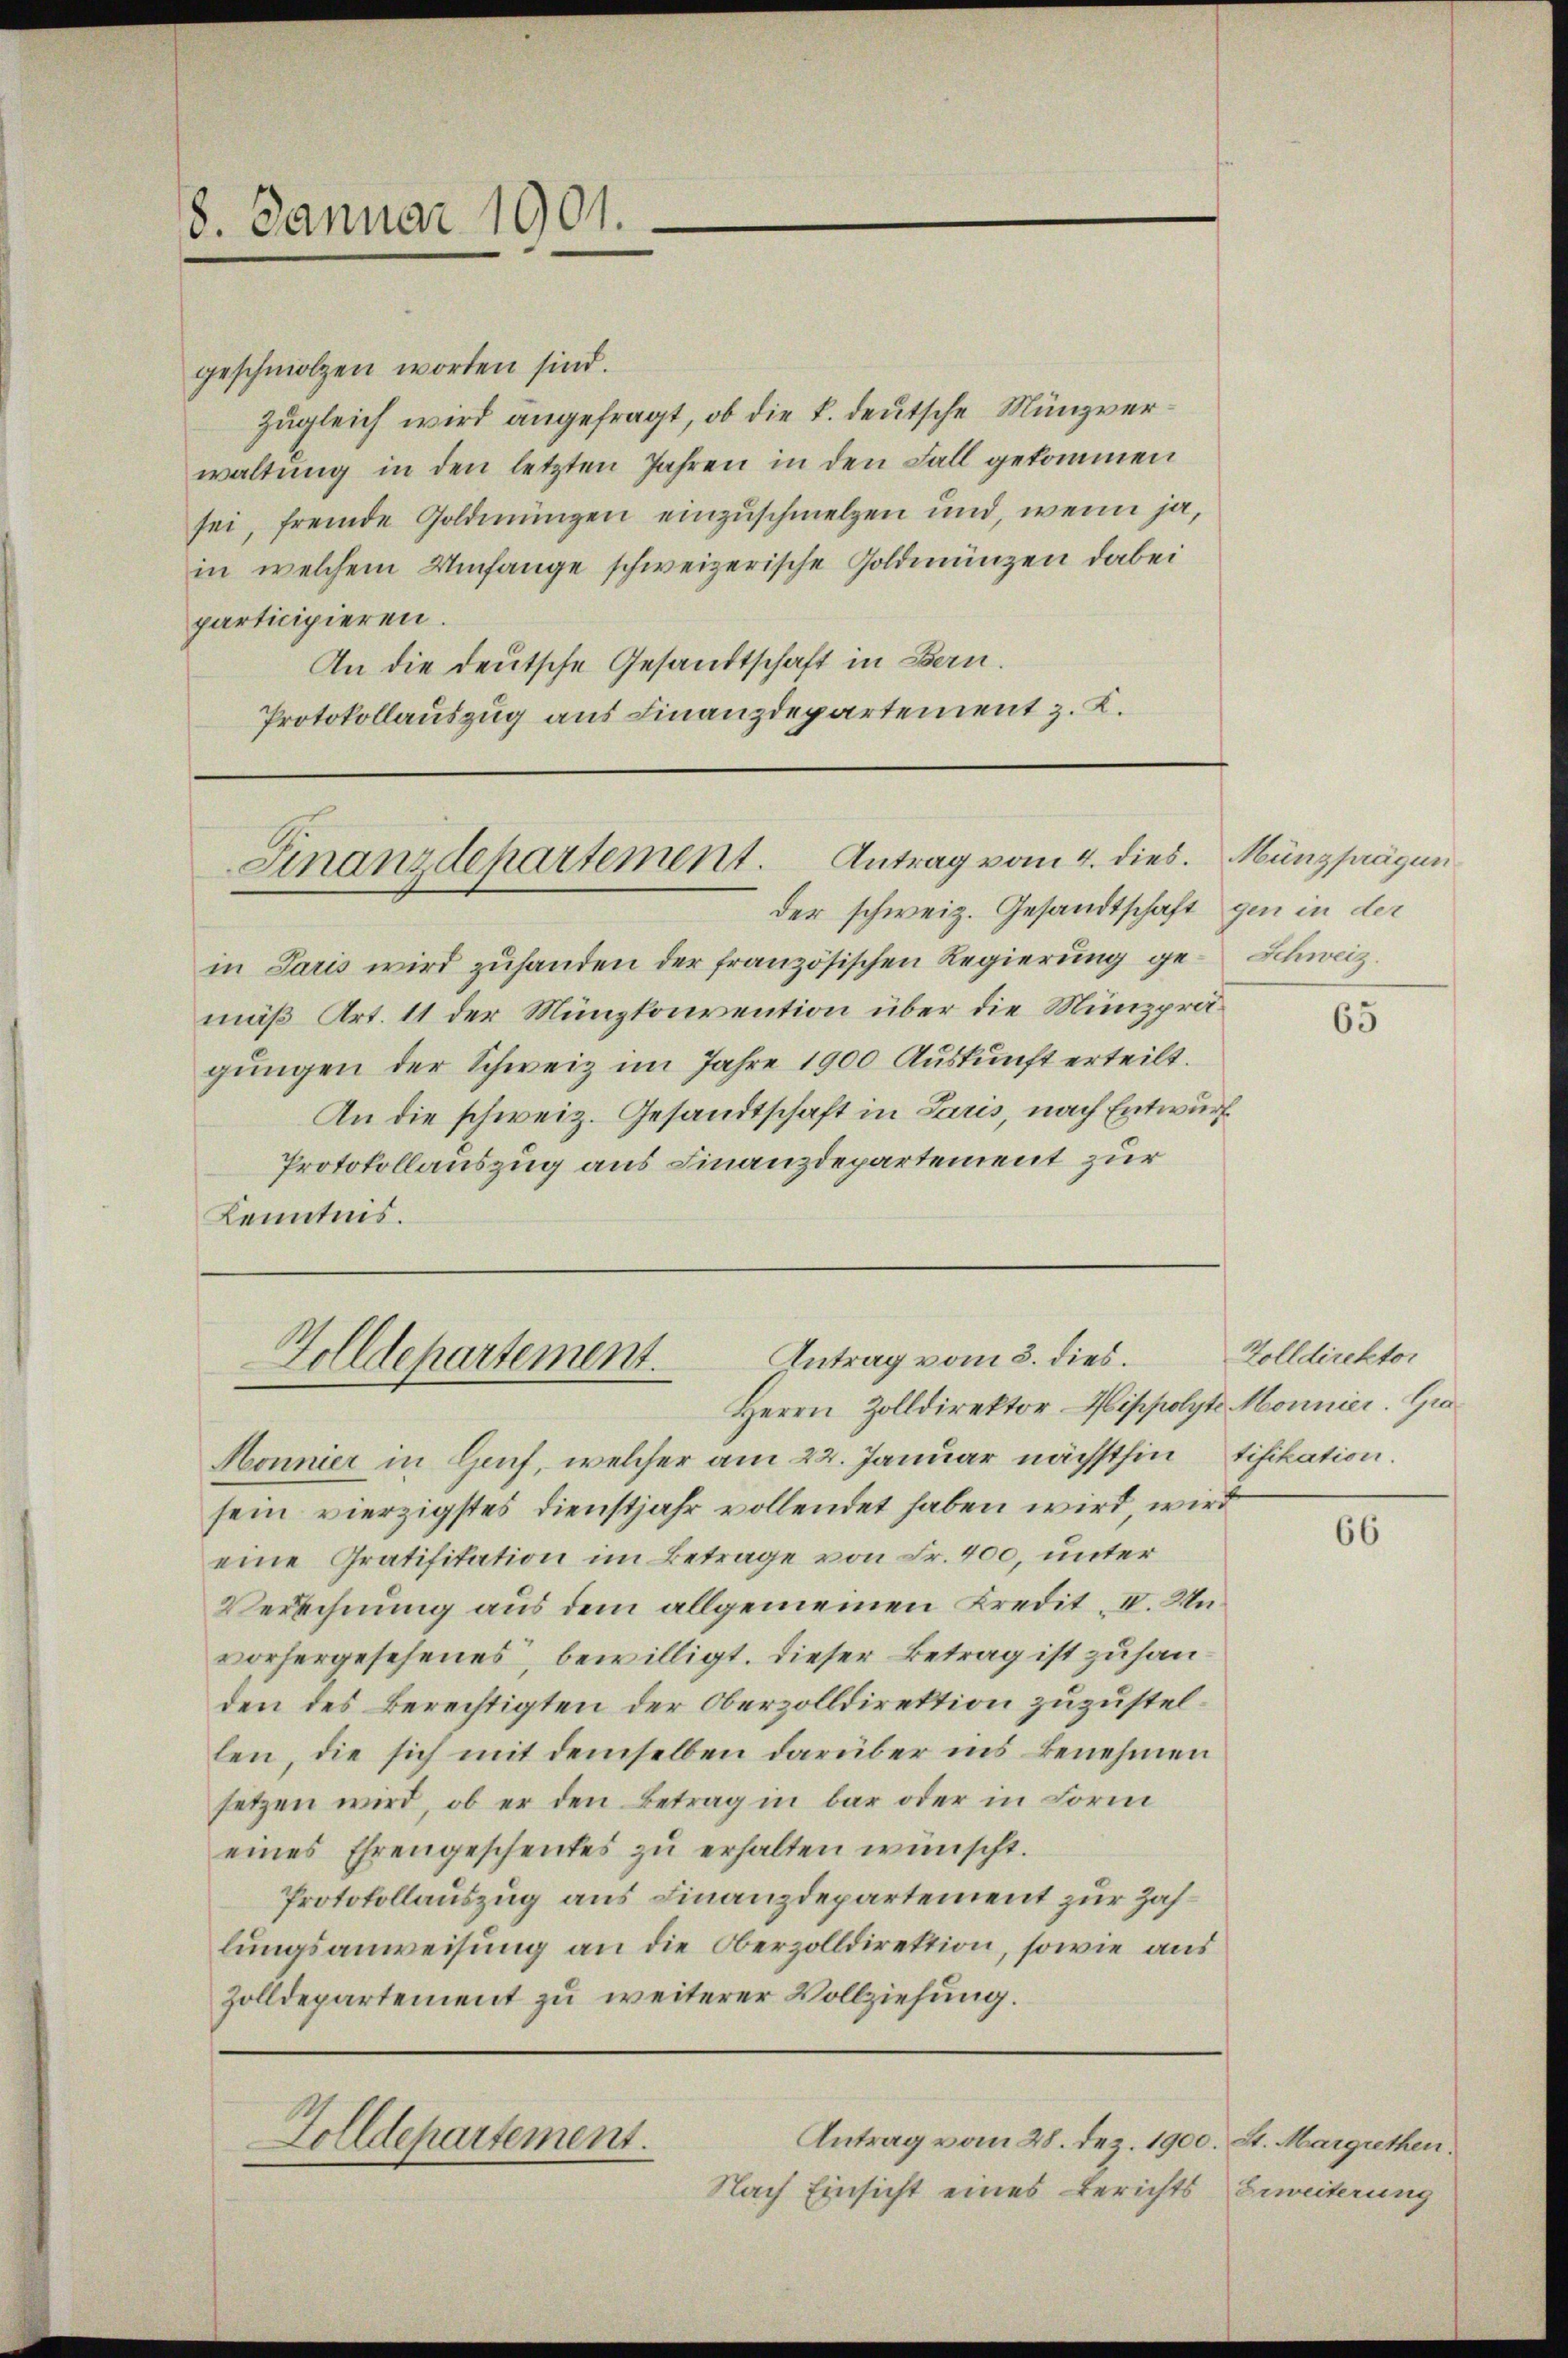
8. Januar 1901.

Finanzdepartement. Antrag vom 4. dies. Münzprägun

Antrag vom 3. dies.
Zolldepartement.
Herrn Zolldirektor Hippolyte Monnier. Gra

geschmolzen worden sind.
zugleich wird angefragt, ob die k. deutsche Münzverwaltŭng in den letzten Jahren in den Fall gekommen
sei, fremde Goldmungen einzuschmelzen und, wenn ja,
in welchem Umfange schweizerische Goldmünzen dabei
participieren.
An die deutsche Gesandtschaft in Bern.
Protokollauszug aus Finanzdepartement z. K.

der schweiz. Gesandtschaft gen in der
in Paris wird zuhanden der französischen Regierung ge- Schweiz
mäß Art. 11 der Münzkonvention über die Münzprägungen der Schweiz im Jahre 1900 Auskunft erteilt.
An die schweiz. Gesandtschaft in Paris, nach Entwurf
Protokollauszug aus Finanzdepartement zur
Kenntnis.

Monnier in Genf, welcher am 22. Januar nächsthin tifikation.
sein vierzigstes Dienstjahr vollendet haben wird, wird
eine Gratifikation im Betrage von Fr. 400, unter
Verechnung aus dem allgemeinen Kredit II. Unvorhergesehenes, bewilligt. Dieser Betrag ist zu handen des Berechtigten der Oberzolldirektion zuzustellen, die sich mit demselben darüber ins Benehmen
setzen wird, ob er den Betrag in bar oder in Form
eines Ehrengeschenkes zu erhalten wünscht.
Protokollauszug aus Finanzdepartement zur Zahlungsanweisung an die Oberzolldirektion, sowie aus
Zolldepartement zu weiterer Vollziehung.

Zolldepartement.

Antrag vom 28. Dez. 1900. St. Margrethen.
Nach Einsicht eines Berichts Erweiterung

65

Zolldirektor

66